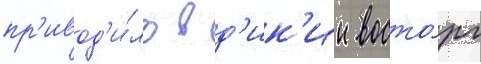
пр'ивод'и́ло в д'ик'ии восто́рг